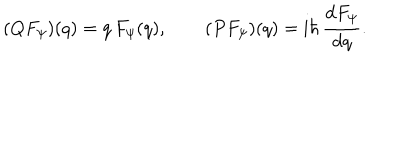
LaTeX: ( Q F _ { \psi } ) ( q ) = q \, F _ { \psi } ( q ) , \qquad ( P F _ { \psi } ) ( q ) = \mathrm { i } \hbar \, { \frac { \mathrm { d } F _ { \psi } } { \mathrm { d } q } } .